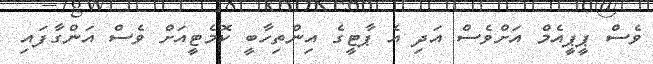
ވެސް ޕީޕީއެމް އަށްވެސް އަދި އެ ޕާޓީގެ އިންތިހާބީ ކޮމެޓީއަށް ވެސް އަންގާފައި